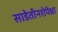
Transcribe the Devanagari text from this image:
साडेतीनशेपेक्षा